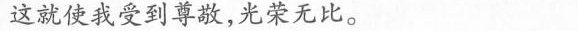
这就使我受到尊敬，光荣无比。